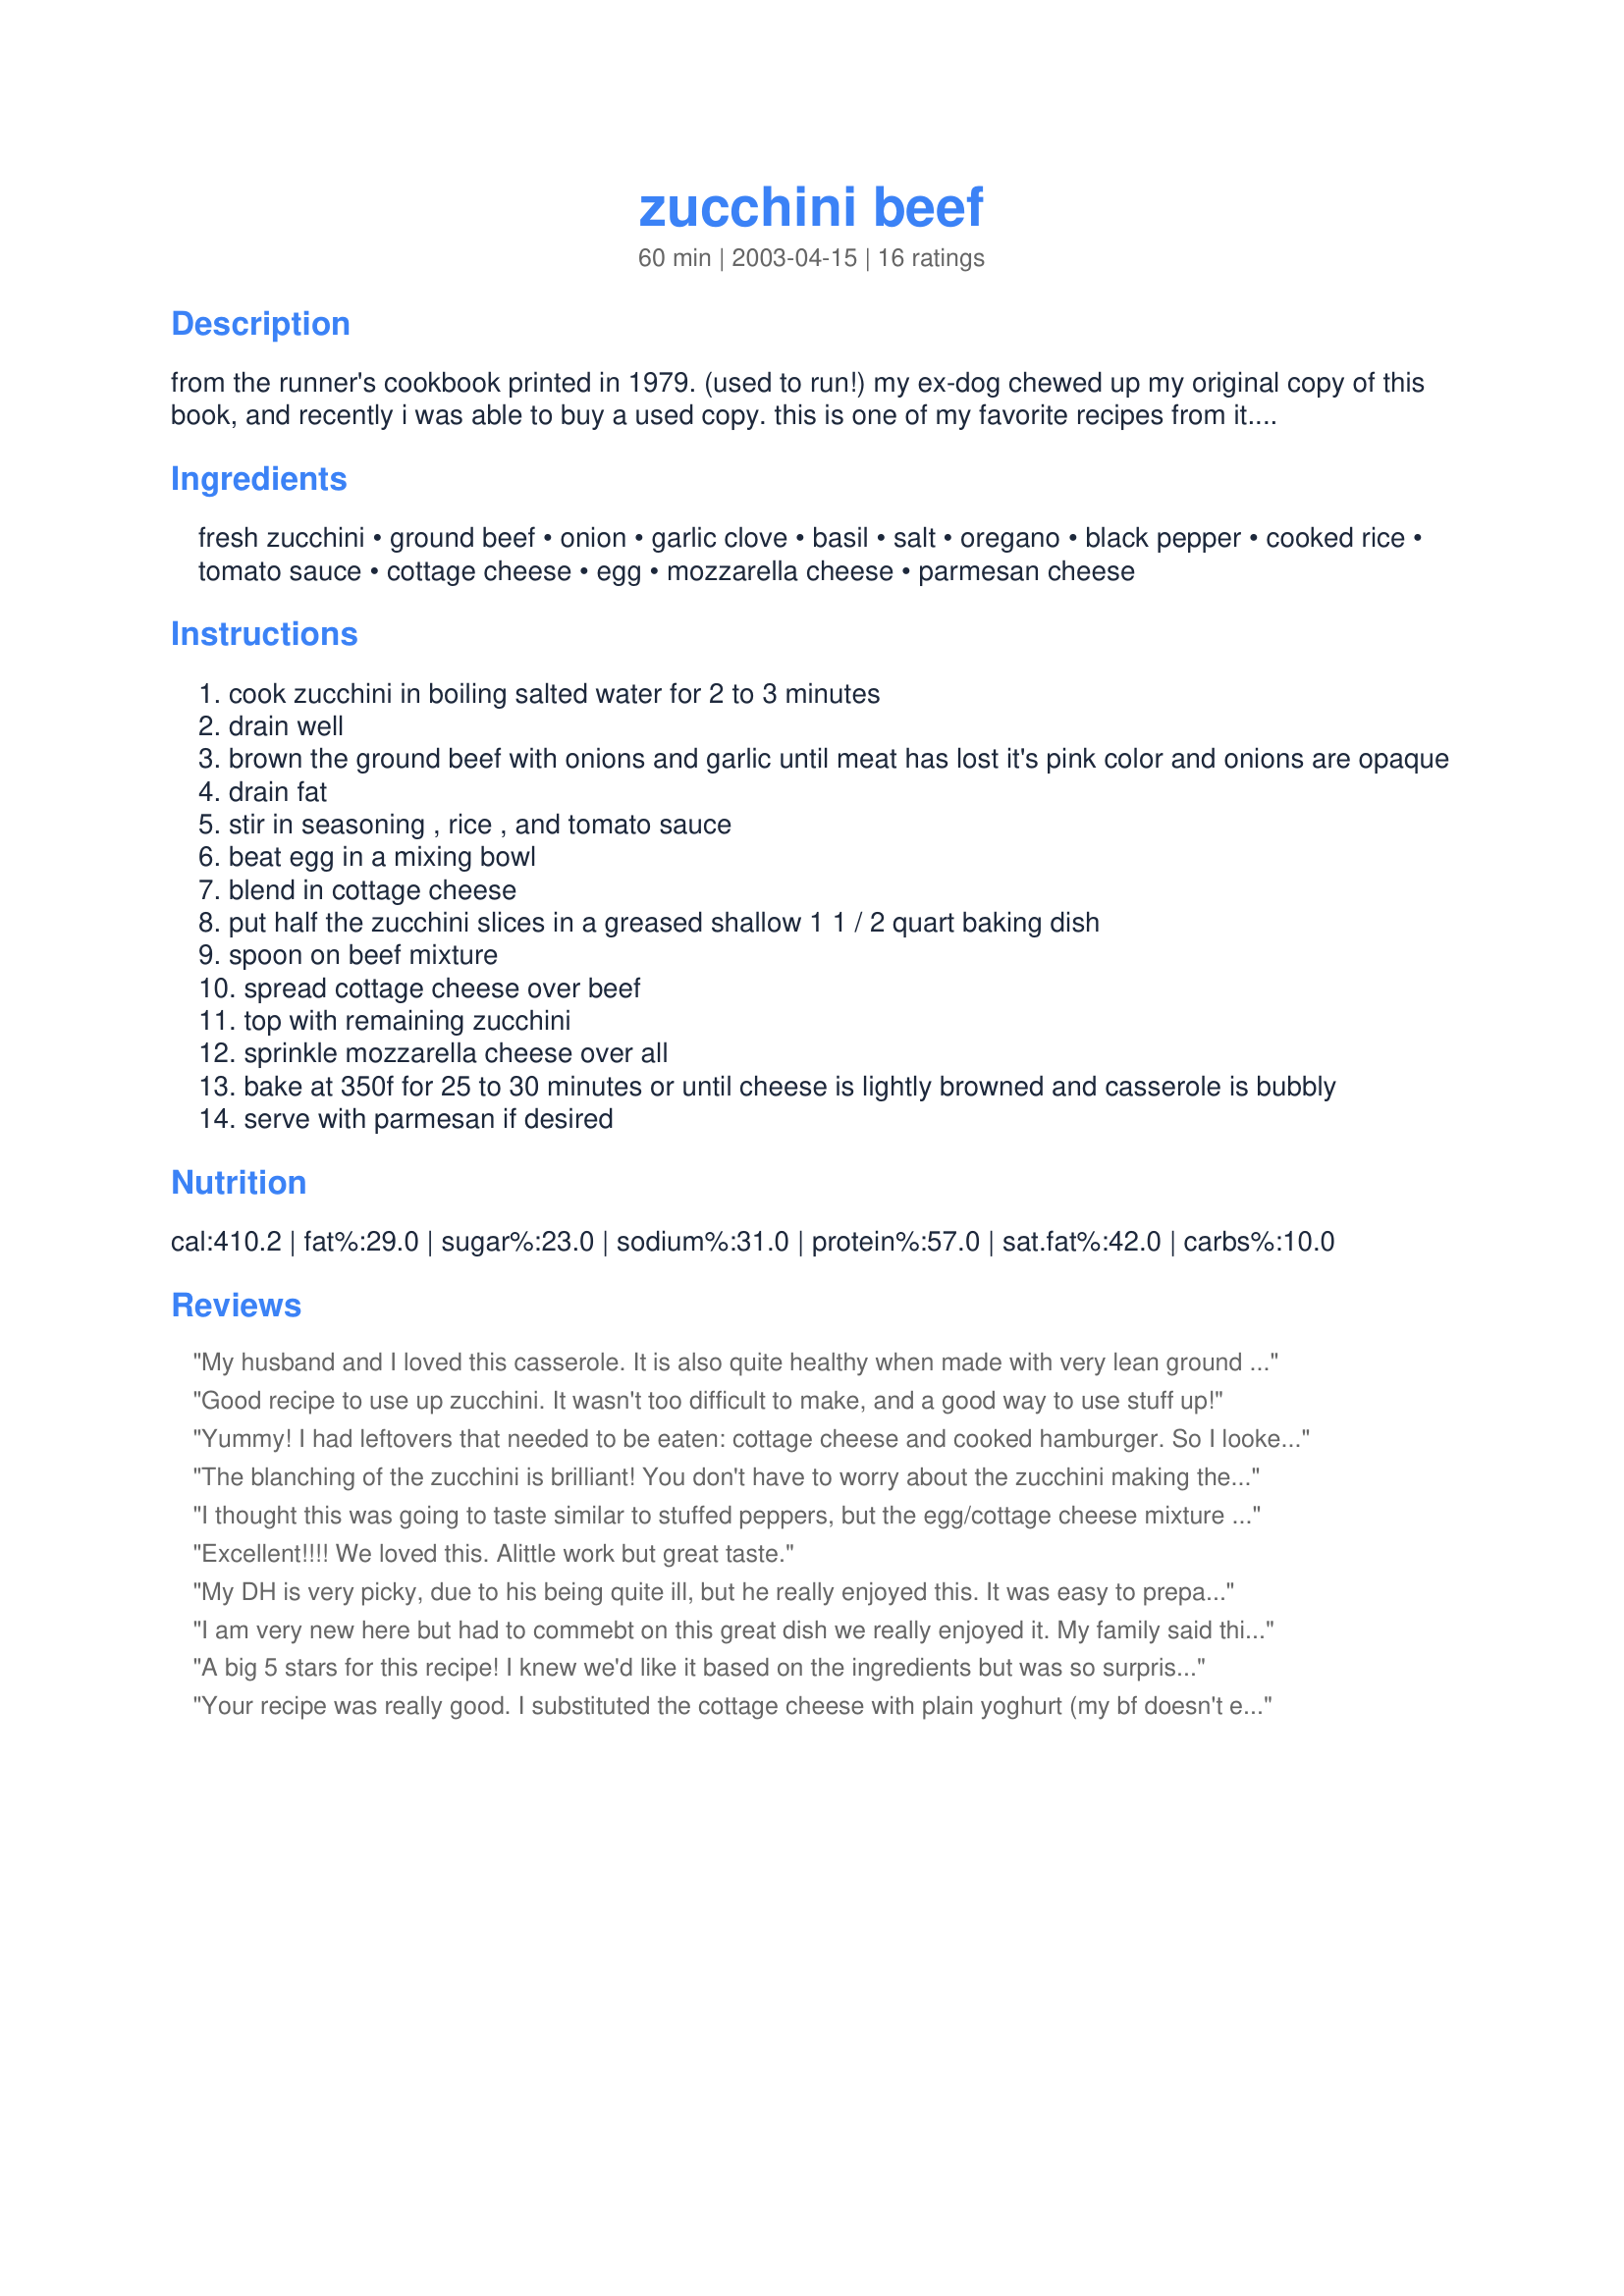
zucchini beef
Preparation time: 60 minutes

from the runner's cookbook printed in 1979. (used to run!) my ex-dog chewed up my original copy of this book, and recently i was able to buy a used copy. this is one of my favorite recipes from it. i usually double the recipe when making this because 3 servings are just not enough! prep time includes making the rice.

Ingredients:
fresh zucchini, ground beef, onion, garlic clove, basil, salt, oregano, black pepper, cooked rice, tomato sauce, cottage cheese, egg, mozzarella cheese, parmesan cheese

Steps:
cook zucchini in boiling salted water for 2 to 3 minutes
drain well
brown the ground beef with onions and garlic until meat has lost it's pink color and onions are opaque
drain fat
stir in seasoning , rice , and tomato sauce
beat egg in a mixing bowl
blend in cottage cheese
put half the zucchini slices in a greased shallow 1 1 / 2 quart baking dish
spoon on beef mixture
spread cottage cheese over beef
top with remaining zucchini
sprinkle mozzarella cheese over all
bake at 350f for 25 to 30 minutes or until cheese is lightly browned and casserole is bubbly
serve with parmesan if desired

Reviews:
My husband and I loved this casserole. It is also quite healthy when made with very lean ground beef, brown rice and part-skim mozzarella. Very good the next day as leftovers
Good recipe to use up zucchini. It wasn't too difficult to make, and a good way to use stuff up!
Yummy! I had leftovers that needed to be eaten: cottage cheese and cooked hamburger. So I looked for something to match that. Since I also had two pretty zucchini, this looked the most promising for what I needed to do. Normally I would mix these ingredients (without the cottage cheese and egg) in the saute pan, so I didn't even realize it was a casserole at first. But I'm glad I made it, and made it as written, because this is very tasty! I'll probably stick to my usual everything-in-the-pan most of the time, but I hope I remember this yummy recipe the next time it fits my leftovers!
The blanching of the zucchini is brilliant! You don't have to worry about the zucchini making the casserole soupy (as you would with raw squash). I doubled the recipe, thinly sliced the zucchini, blanched it for 3 minutes and I also had to substitute 6 slices of provolone for the shredded mozzarella. This casserole is terrific and I will definitely be making it again and again!
I thought this was going to taste similar to stuffed peppers, but the egg/cottage cheese mixture added a nice spin on the taste; I think I'll add this to my go-to recipe pile when zucchini started overflowing from the garden!
Excellent!!!! We loved this. Alittle work but great taste.
My DH is very picky, due to his being quite ill, but he really enjoyed this. It was easy to prepare. The servings are attractive and easy to serve. I wish I had taken a picture of this yummy main dish. Thanks Mep, I'll make again, and definatlely take a photo.
I am very new here but had to commebt on this great dish we really enjoyed it. My family said this a keeper . Thank you mep its a 5 star gina
A big 5 stars for this recipe! I knew we'd like it based on the ingredients but was so surprised by the end result. SO SO good. I doubled the recipe and probably more than doubled the tomato sauce (I think I had more rice). This is a definite make again.
Your recipe was really good. I substituted the cottage cheese with plain yoghurt (my bf doesn't eat cheese) and it was great. The next day it was still good. Yummy.
A really nice casserole. I used a cup of tomato sauce and it was just right. Also thought it'd be good to cut the zucchini slices thin; mine were too thick and chunky. Everything else is perfect and enjoyable. Thank yu!
This was wonderful! I made it for my room mate who doesn't eat anything green, and he loved it! I did add a little bit more sauce and omitted the basil though.
This is a great one-dish family meal, and a wonderful way of sneaking in those green veggies! I doubled the recipe, and I'm glad I did because everyone wanted seconds! Thanks for posting!
DH and I liked this. Very flavorful, a bit dry, I would add more sauce next time.
I doubled the recipe and used a 9x13 pan. I also used 1/2 pound beef 1/2 pound sausage, it added a zippy taste to it. We really enjoyed this. Mep, you will be missed <3
awsome!!! we had this for dinner last night and it went fast!!! thanks so much for posting this!!! we will be having this again.
